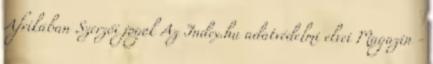
Afrikában Szerzői jogok Az Index.hu adatvédelmi elvei Magazin -